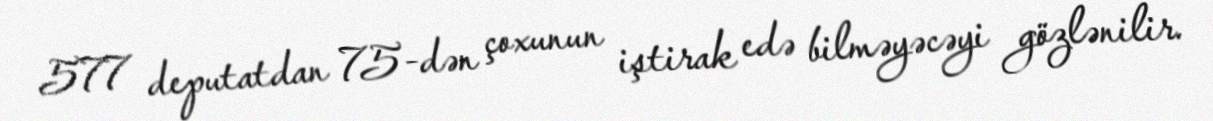
577 deputatdan 75-dən çoxunun iştirak edə bilməyəcəyi gözlənilir.